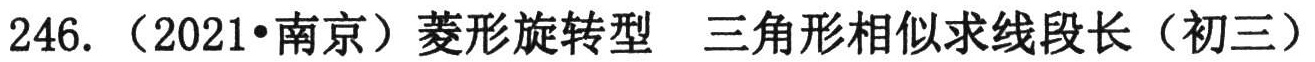
246.（2021•南京）菱形旋转型 三角形相似求线段长（初三）